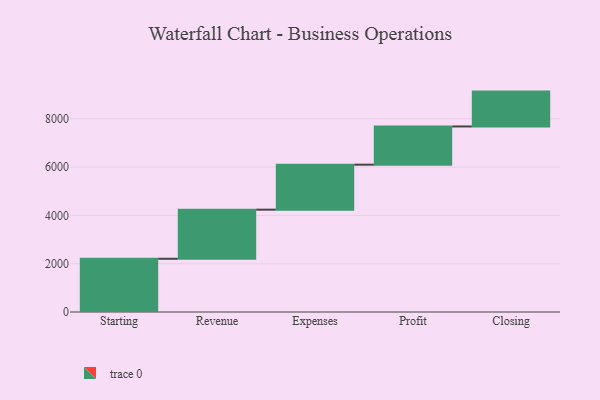
{"axis": {"x": "Step", "y": "Value"}, "legend": [""], "data": [{"x": "Starting", "y": 2203.0, "type": ""}, {"x": "Revenue", "y": 2033.0, "type": ""}, {"x": "Expenses", "y": 1863.0, "type": ""}, {"x": "Profit", "y": 1582.0, "type": ""}, {"x": "Closing", "y": 1443.0, "type": ""}]}